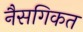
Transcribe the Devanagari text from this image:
नैसगिकत